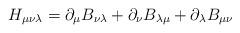
LaTeX: \begin{align*}H_{\mu\nu\lambda}=\partial_{\mu}B_{\nu\lambda}+\partial_{\nu}B_{\lambda\mu}+\partial_{\lambda}B_{\mu\nu}\end{align*}